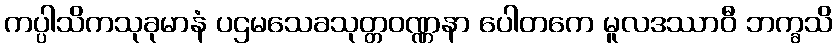
ကပ္ပါသိကသုခုမာနံ ပဌမသေခသုတ္တဝဏ္ဏနာ ပေါတကေ မူလဒဿာဝီ ဘက္ခသိ